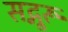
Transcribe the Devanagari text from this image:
सद्गूरू